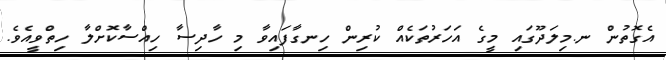
އެގޮތުން ނ.މިލަދޫގައި މީގެ އަހަރުތަކެއް ކުރިން ހިނގާފައިވާ މި ހާދިސާ ހިއްސާކޮށްލާ ހިތްވީއެވެ.